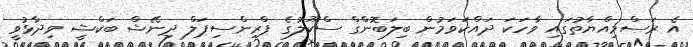
އެ ރަސްމިއްޔާތުގައި ވާހަކަ ދައްކަވަމުން ބިލަބޮންގް ސްކޫލުގެ ޕްރިންސިޕަލް ދިނޭޝް ބަކްޝީ ވިދާޅުވީ